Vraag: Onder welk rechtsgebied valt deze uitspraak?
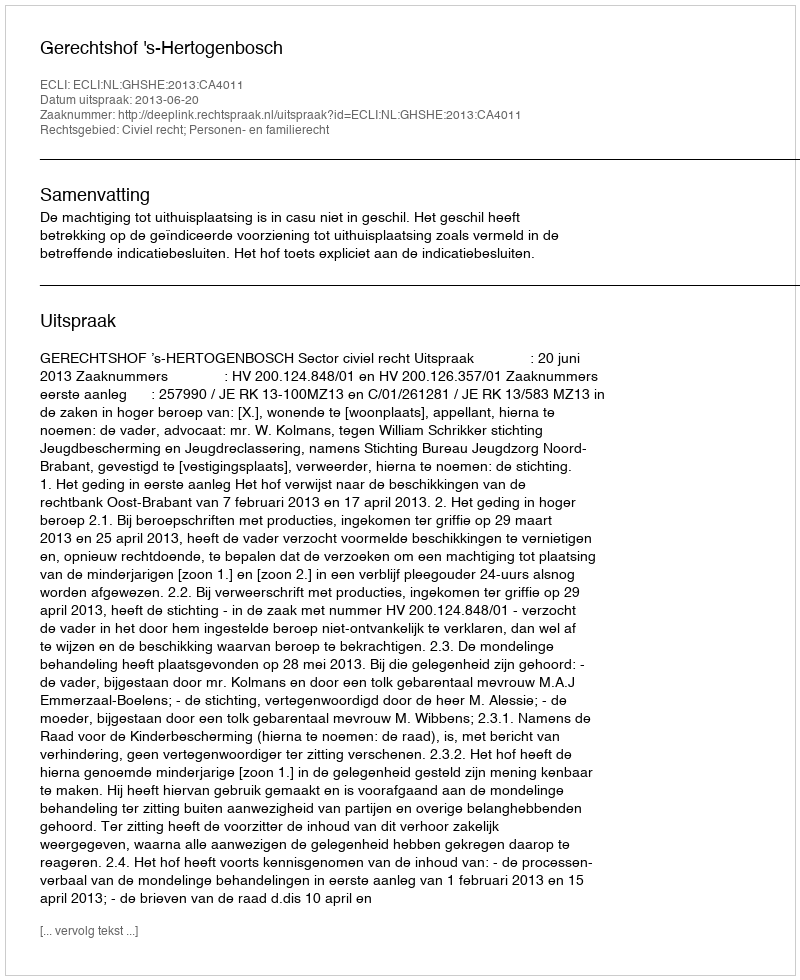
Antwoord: Civiel recht; Personen- en familierecht